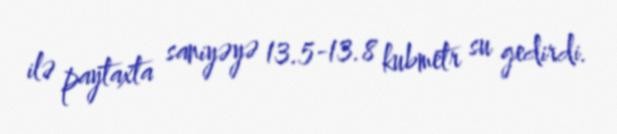
ilə paytaxta saniyəyə 13.5-13.8 kubmetr su gedirdi.